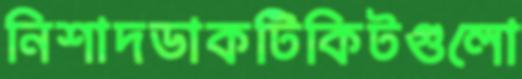
নিশাদডাকটিকিটগুলো